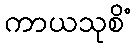
ကာယသုစိံ